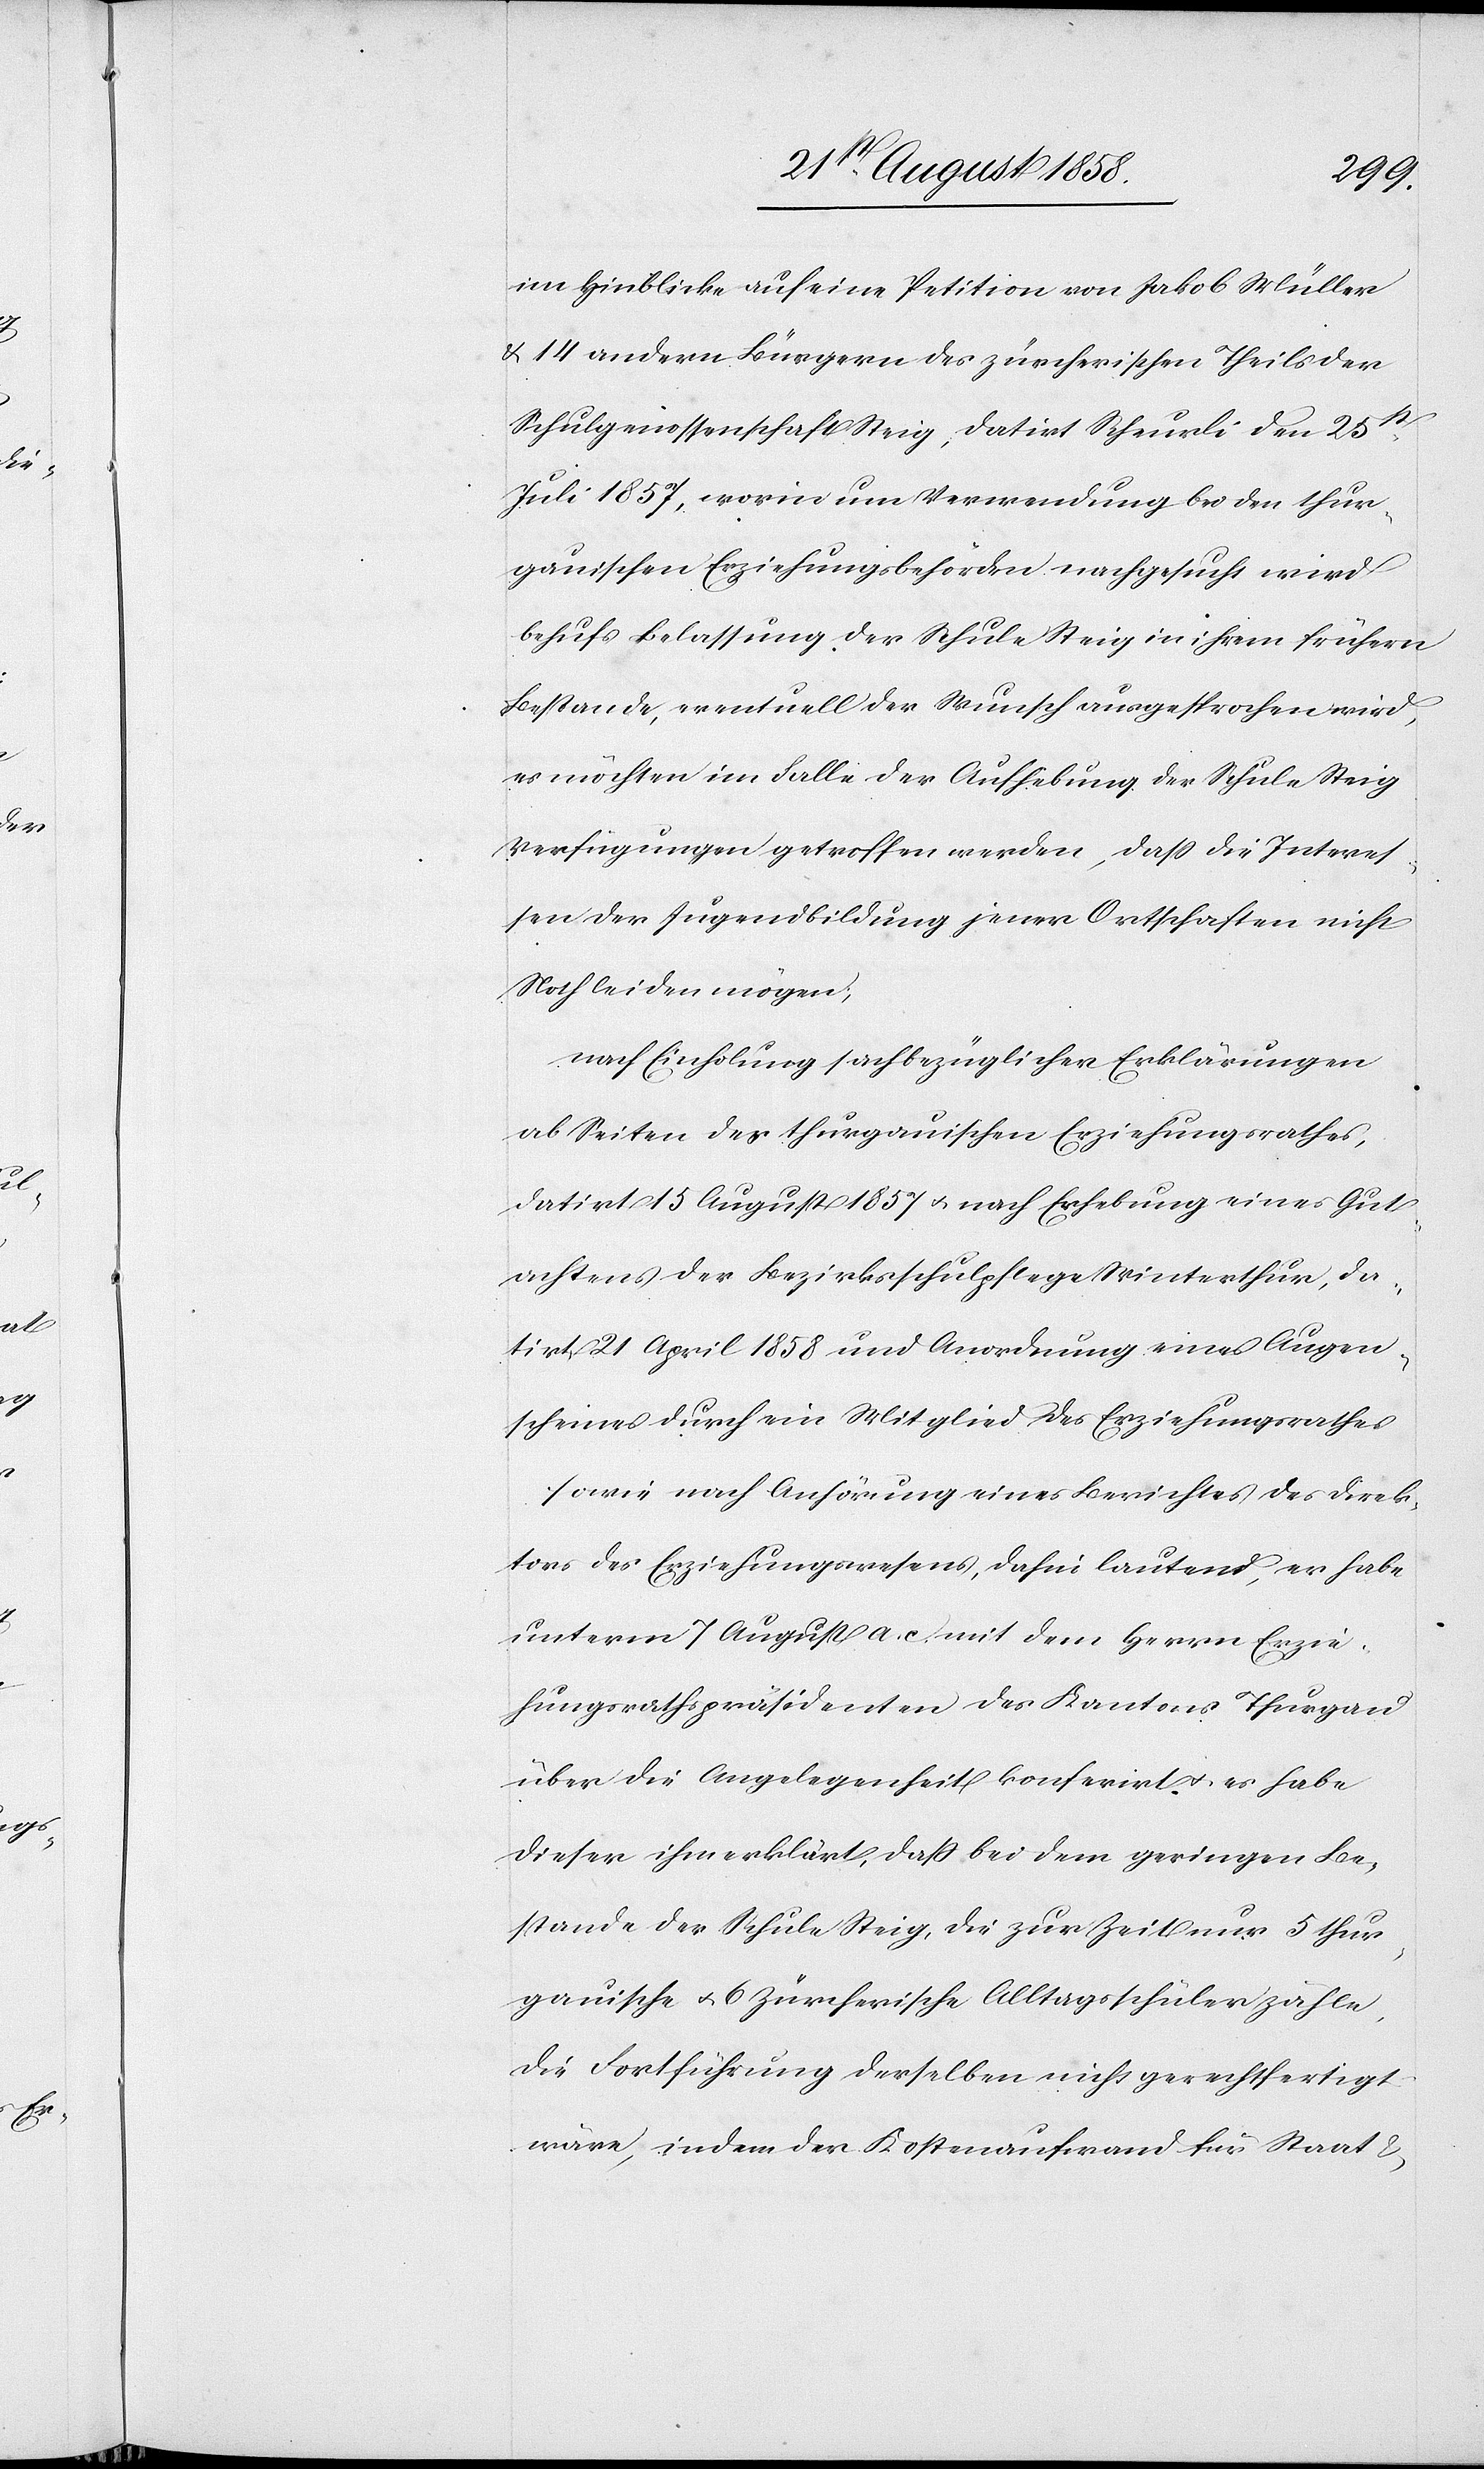
im Hinblicke auf eine Petition von Jakob Müller
& 14 andern Bürgern des zürcherischen Theils der
Schulgenossenschaft Steig, datirt Scheurli den 25st.
Juli 1857, worin um Verwendung bei den thur¬
gauischen Erziehungsbehörden nachgesucht wird
behufs Belassung der Schule Steig in ihrem frühern
Bestande, eventuell der Wunsch ausgesprochen wird,
es möchten im Falle der Aufhebung der Schule Steig
Verfügungen getroffen werden, dass die Interes¬
sen der Jugendbildung jener Ortschaften nicht
Noth leiden mögen;
nach Einholung sachbezüglicher Erklärungen
ab Seiten des thurgauischen Erziehungsrathes,
datirt 15 August 1857 & nach Erhebung eines Gut¬
achtens der Bezirksschulpflege Winterthur, da¬
tirt 21 April 1858 und Anordnung eines Augen¬
scheines durch ein Mitglied des Erziehungsrathes
sowie nach Anhörung eines Berichtes des Direk¬
tors des Erziehungswesens, dahin lautend, er habe
unterm 7 August a. c. mit dem Herrn Erzie¬
hungsrathspräsidenten des Kantons Thurgau
über die Angelegenheit konferirt & es habe
dieser ihm erklärt, dass bei dem geringen Be¬
stande der Schule Steig, die zur Zeit nur 5 thur¬
gauische & 6 zürcherische Alltagsschüler zähle,
die Fortführung derselben nicht gerechtfertigt
wäre, indem der Kostenaufwand für Staat &